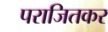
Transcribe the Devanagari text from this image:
पराजितकर